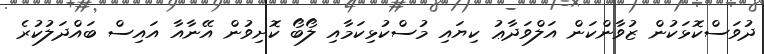
ދުވަސްކޮޅަކުން ޒުވާންކަން އަލްވަދާޢު ކިޔައި މުސްކުޅިކަމާއި ލޯބޯ ކޮށިވުން އޭނާއާ އައިސް ބައްދަލުކުރެ